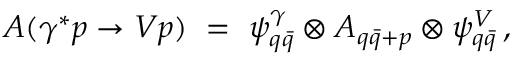
A ( \gamma ^ { * } p \to V p ) \ = \ \psi _ { q \bar { q } } ^ { \gamma } \otimes A _ { q \bar { q } + p } \otimes \psi _ { q \bar { q } } ^ { V } \, ,